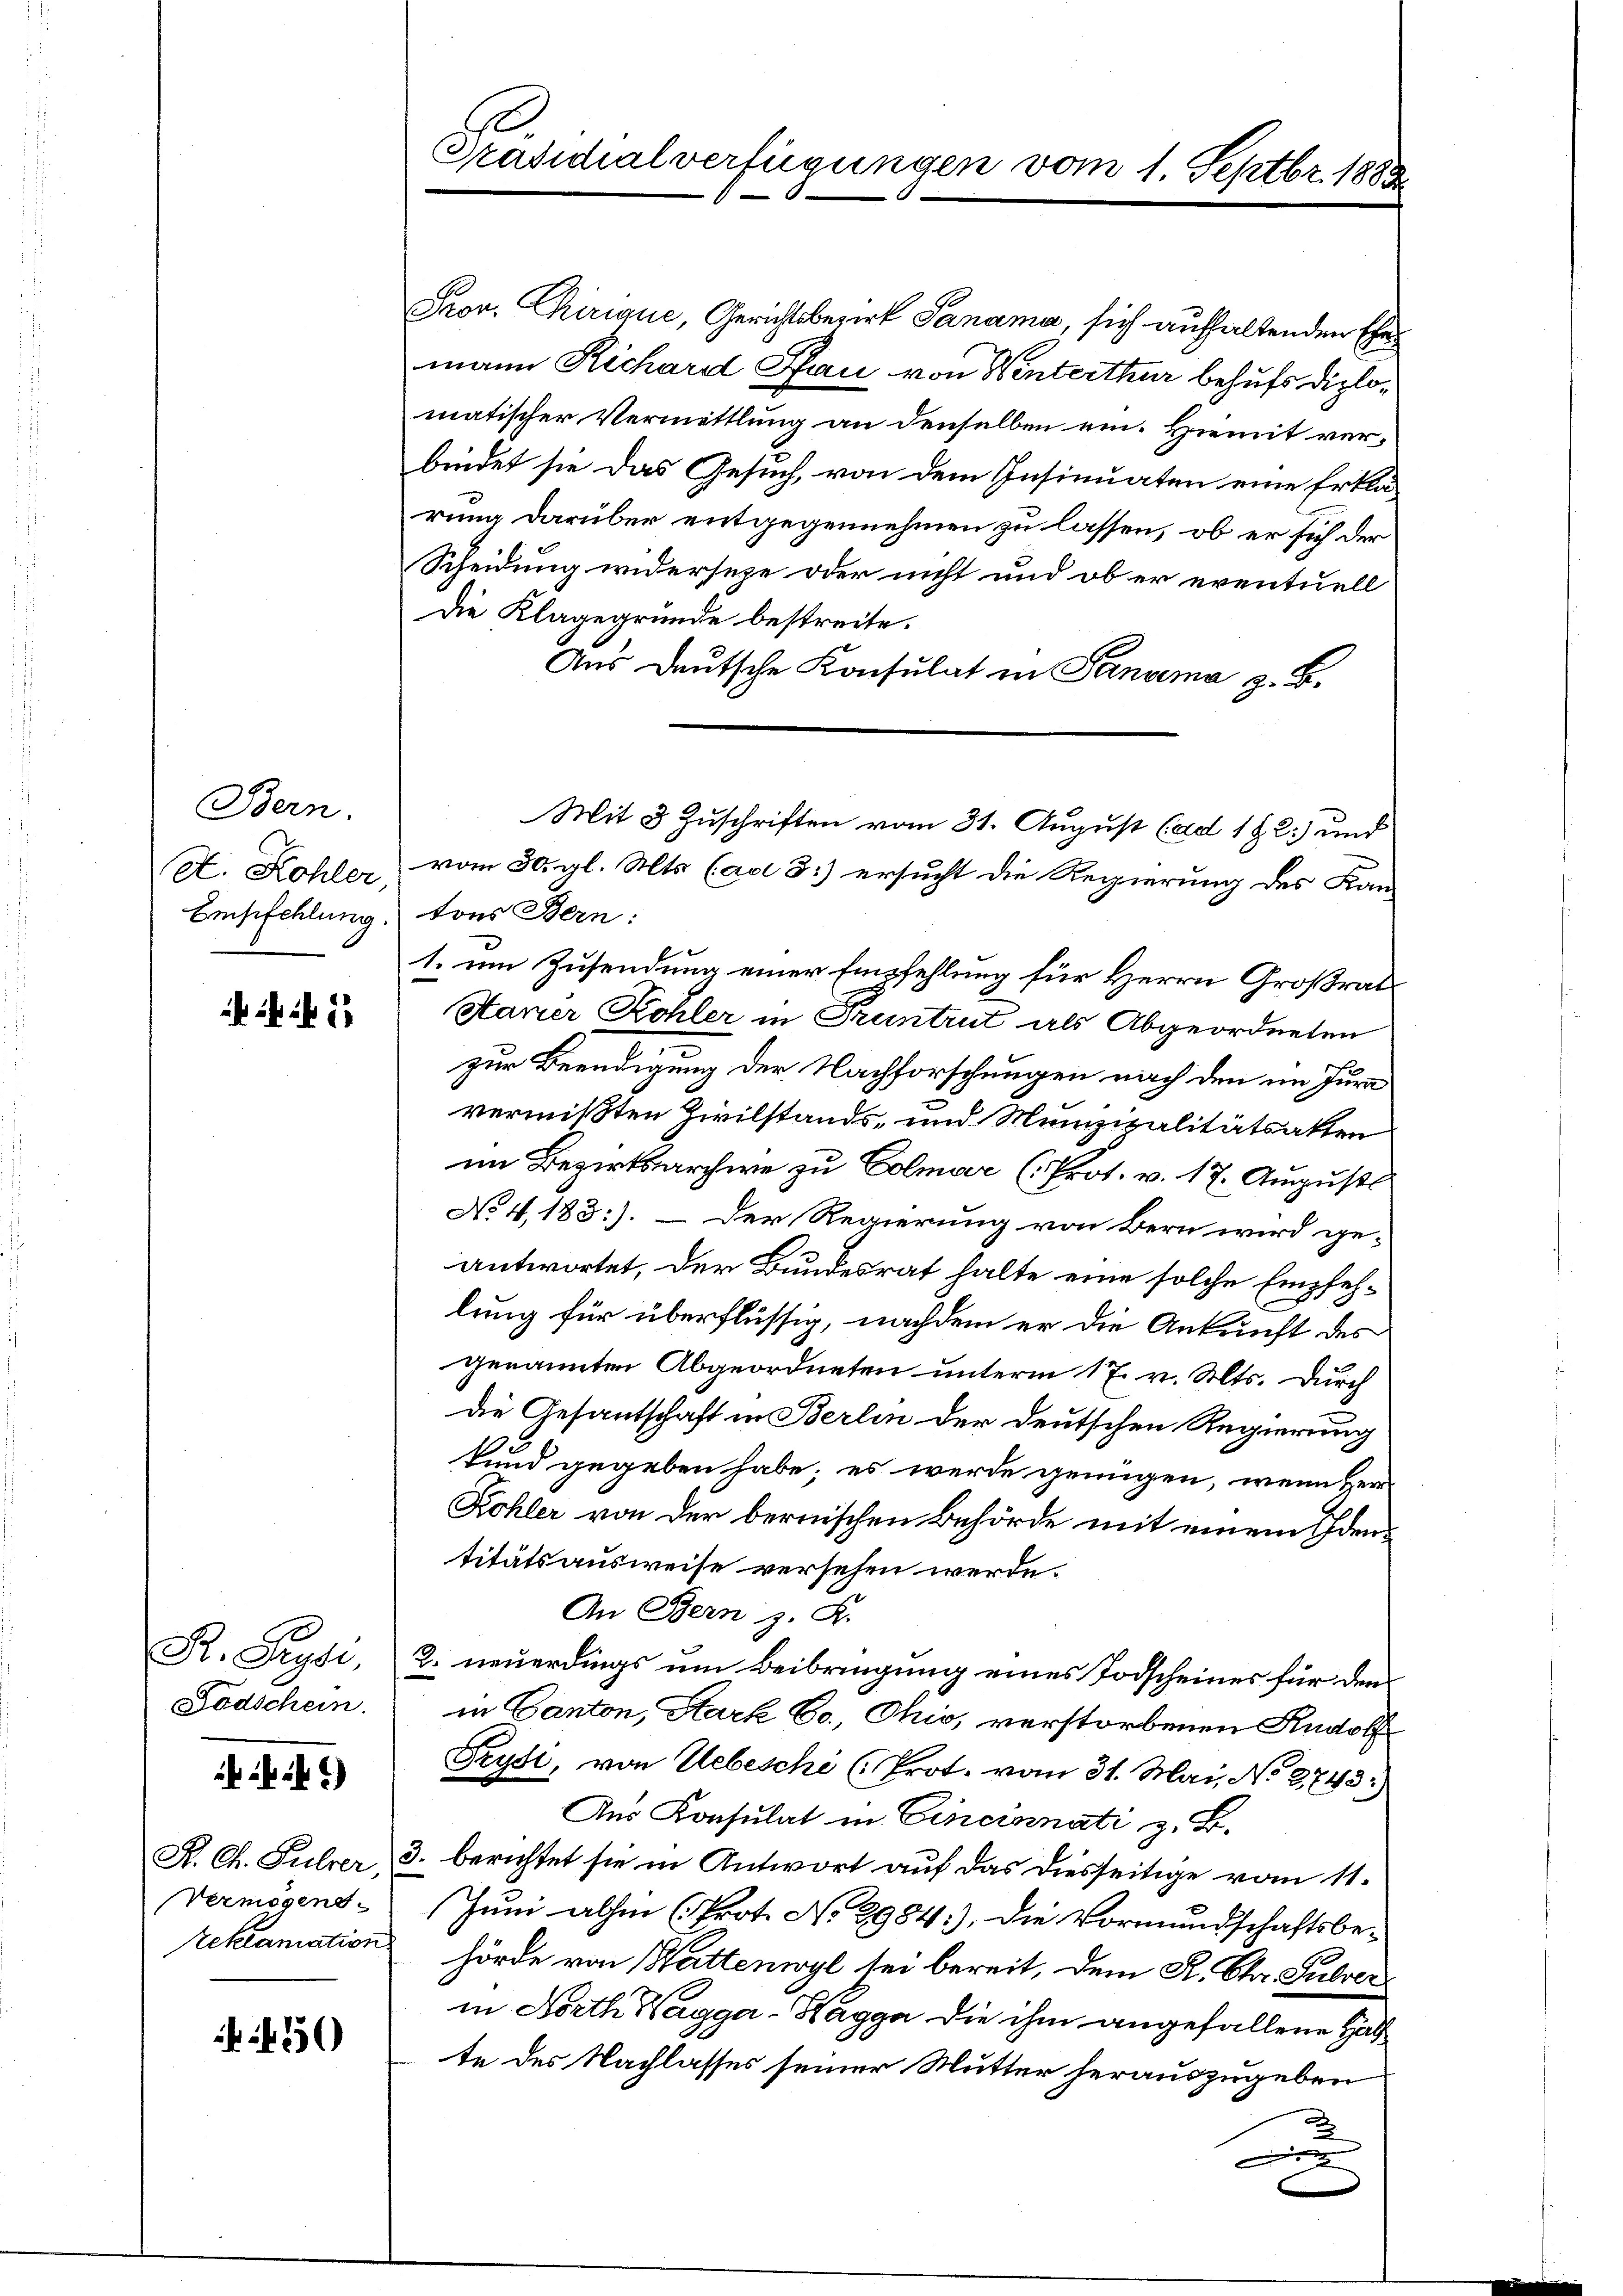
Bern.

44

R. Preysi,
Fodschein.

Prov. Chirique, Gerichtsbezirk Panama, sich aufhaltenden Ehe
mann Richard Pfau von Winterthur behufs diplomatischer Vermittlung an denselben ein. Hiemit verbindet sie das Gesuch, von dem Insinuaten eine Erklärung darüber entgegennehmen zu lassen, ob er sich der
Scheidung widerseze oder nicht und ob er eventuell
Die Klagegründe bestreite.
Aŭs deutsche Konsulat in Pandema z. B.
X. Kohler vom 30. gl. Mts. (ad 3.) ersucht die Regierung des Kan-
Empfehlung tons Bern:
1. um Zusendung einer Empfehlung für Herrn Großrat
Haner Kohler in Truntrut als Abgeordneten
zur Beendigung der Nachforschungen nach den im Jura
vermißten Zivilstands- und Munizipalitätsakten
im Bezirksarchive zu Colmar (Prot. v. 17. August
No 4.183:). – Der Regierung von Bern wird ge-
antwortet, der Bundesrat halte eine solche Empfehlung für überflüssig, nachdem er die Ankunft des
genannten Abgeordneten unterm 17. v. Mts. Durch
Die Gesantschaft in Berlin der deutschen Regierung
e
kund gegeben habe; es werde genügen, wenn Herr
Kohler von der bernischen Behörde mit einem Identitätsausweise versehen werde.
An Bern z. K.
2. neuerdings um Beibringung eines Todscheines für den
in Canton, Hark Co., Ohio, verstorbenen Rudolf
Trysi, von Uebeschi (Prot. vom 31. Mai, No 8743.)
Aus Konsulat in Cincinnati z. B.
K. Ch. Fulrer, 3. berichtet sie in Antwort auf das diesseitige vom 11.
Vermögens- Jŭni alhin (Prot. No 2984:). Die Vormundschaftsbe-
reklamation hörde von Heittenwyl sei bereit, dem R. Chr. Subver
in Horth Hagga-Hagga die ihm angefallene Hal
te des Nachlasses seiner Mutter herauszugeben
2
x

450

Präsidialverfügungen vom 1. Septbr. 1883

Mit 3 Zuschriften vom 31. August (ad 192) und